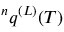
{ } ^ { n } q ^ { ( L ) } ( T )